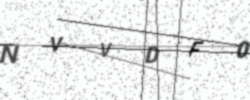
Text: NVVDF0